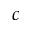
c